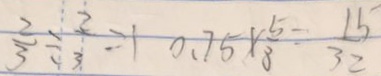
\frac { 2 } { 3 } \div \frac { 2 } { 3 } = 1 0 . 7 5 \times \frac { 5 } { 8 } = \frac { 1 5 } { 3 2 }